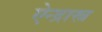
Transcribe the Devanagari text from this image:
ऐन्द्रास्त्र